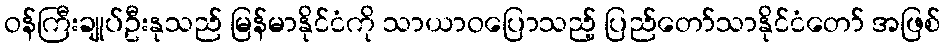
ဝန်ကြီးချုပ်ဦးနုသည် မြန်မာနိုင်ငံကို သာယာဝပြောသည့် ပြည်တော်သာနိုင်ငံတော် အဖြစ်